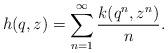
LaTeX: \begin{align*}h(q,z)=\sum_{n=1}^{\infty}\frac{k(q^n,z^n)}{n}. \end{align*}